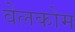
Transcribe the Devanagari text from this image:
वेलकोम